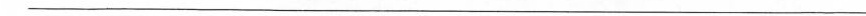
___